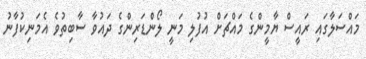
މައްސަލާގައި ރައީސް ޔާމީންގެ މައްޗަށް އުފުލި މަނީ ލޯންޑަރިންގެ ދައުވާ ސާބިތުވެ އެމަނިކުފާނު